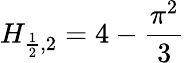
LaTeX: H_{{\frac{1}{2}},2}=4-{\frac{\pi^{2}}{3}}